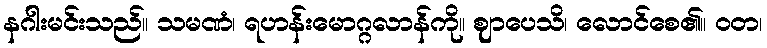
နဂါးမင်းသည်။ သမဏံ၊ ရဟန်းမောဂ္ဂလာန်ကို။ ဈာပေသိ၊ လောင်စေ၏။ ဝတ၊